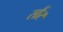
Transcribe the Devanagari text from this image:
सौंर